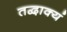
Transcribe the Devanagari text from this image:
तद्वाक्यं